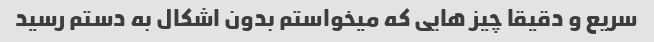
سریع و دقیقا چیز هایی که میخواستم بدون اشکال به دستم رسید